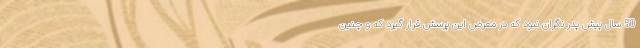
50 سال پیش پدر نگران نبود که در معرض این پرسش قرار گیرد که و چنین